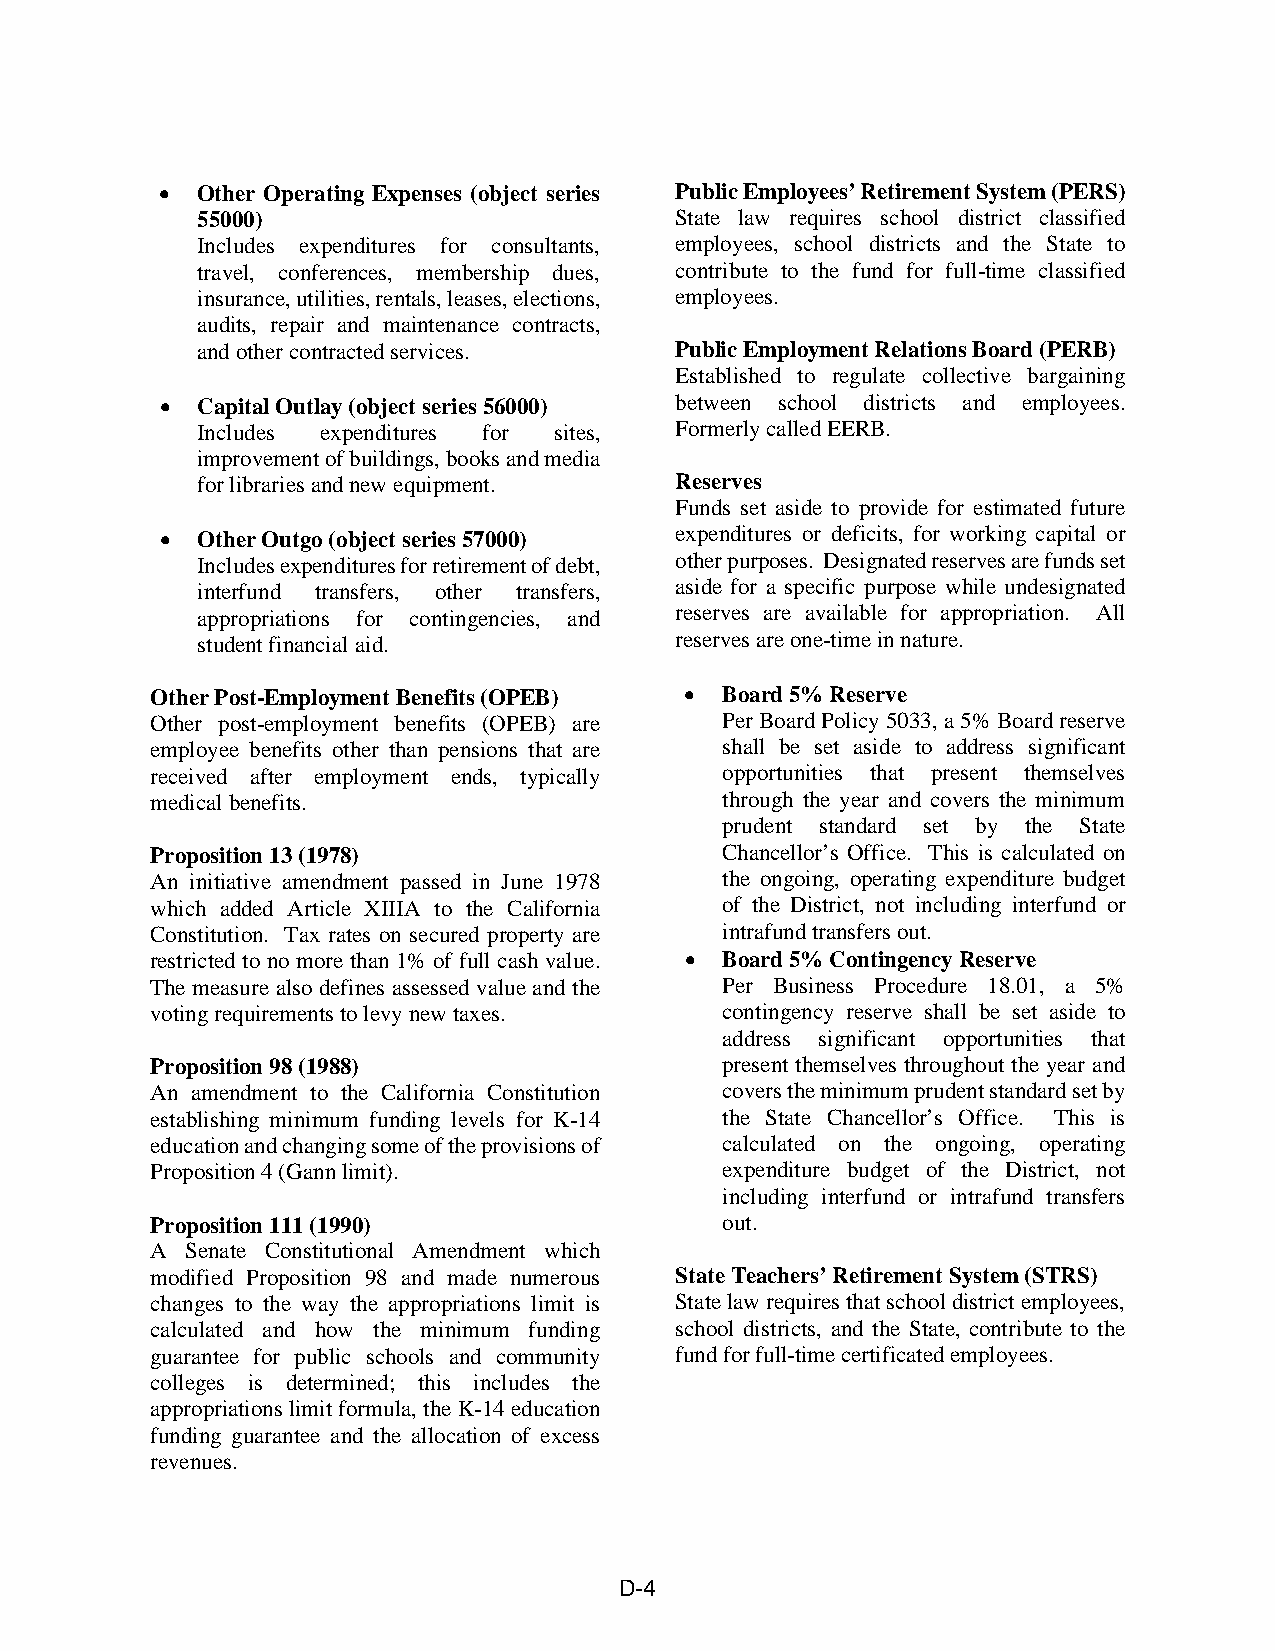
• Other Operating Expenses (object series Public Employees’ Retirement System (PERS)
 55000)                          State law requires school district classified
 Includes expenditures for consultants, employees, school districts and the State to
 travel, conferences, membership dues, contribute to the fund for full-time classified
 insurance, utilities, rentals, leases, elections, employees.
 audits, repair and maintenance contracts,
 and other contracted services.  Public Employment Relations Board (PERB)
 Established to regulate collective bargaining
 • Capital Outlay (object series 56000) between school districts and employees.
 Includes expenditures for sites, Formerly called EERB.
 improvement of buildings, books and media
 for libraries and new equipment. Reserves
 Funds set aside to provide for estimated future
 • Other Outgo (object series 57000) expenditures or deficits, for working capital or
 Includes expenditures for retirement of debt, other purposes. Designated reserves are funds set
 interfund transfers, other transfers, aside for a specific purpose while undesignated
 appropriations for contingencies, and reserves are available for appropriation. All
 student financial aid.          reserves are one-time in nature.
 Other Post-Employment Benefits (OPEB) • Board 5% Reserve
 Other post-employment benefits (OPEB) are Per Board Policy 5033, a 5% Board reserve
 employee benefits other than pensions that are shall be set aside to address significant
 received after employment ends, typically opportunities that present themselves
 medical benefits.                     through the year and covers the minimum
 prudent standard set by the State
 Proposition 13 (1978)                 Chancellor’s Office. This is calculated on
 An initiative amendment passed in June 1978 the ongoing, operating expenditure budget
 which added Article XIIIA to the California of the District, not including interfund or
 Constitution. Tax rates on secured property are intrafund transfers out.
 restricted to no more than 1% of full cash value. • Board 5% Contingency Reserve
 The measure also defines assessed value and the Per Business Procedure 18.01, a 5%
 voting requirements to levy new taxes. contingency reserve shall be set aside to
 address significant opportunities that
 Proposition 98 (1988)                 present themselves throughout the year and
 An amendment to the California Constitution covers the minimum prudent standard set by
 establishing minimum funding levels for K-14 the State Chancellor’s Office. This is
 education and changing some of the provisions of calculated on the ongoing, operating
 Proposition 4 (Gann limit).           expenditure budget of the District, not
 including interfund or intrafund transfers
 Proposition 111 (1990)                out.
 A Senate Constitutional Amendment which
 modified Proposition 98 and made numerous State Teachers’ Retirement System (STRS)
 changes to the way the appropriations limit is State law requires that school district employees,
 calculated and how the minimum funding school districts, and the State, contribute to the
 guarantee for public schools and community fund for full-time certificated employees.
 colleges is determined; this includes the
 appropriations limit formula, the K-14 education
 funding guarantee and the allocation of excess
 revenues.
 D-4